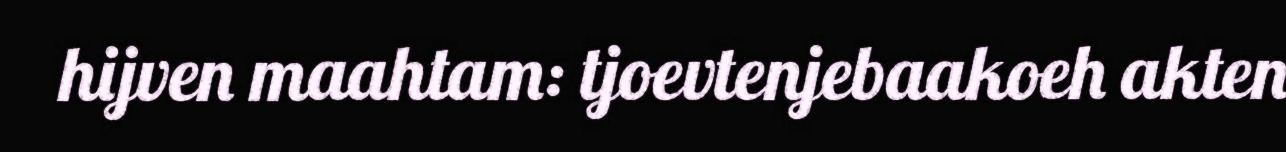
hijven maahtam: tjoevtenjebaakoeh akten